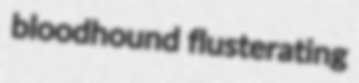
bloodhound flusterating